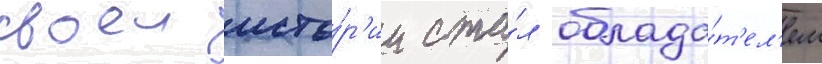
своеи исто́р'ии ста́л облада́т'ел'ем